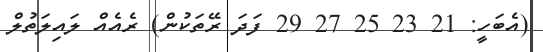
(އެބަހީ: 21 23 25 27 29 ފަދަ ރޭތަކުން) ރެއެއް ލައިލަތުލް